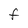
Character: F